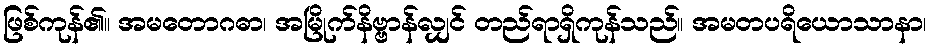
ဖြစ်ကုန်၏။ အမတောဂဓာ၊ အမြိုက်နိဗ္ဗာန်လျှင် တည်ရာရှိကုန်သည်။ အမတပရိယောသာနာ၊